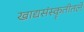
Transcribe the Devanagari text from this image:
खाद्यसंस्कॄतीतले